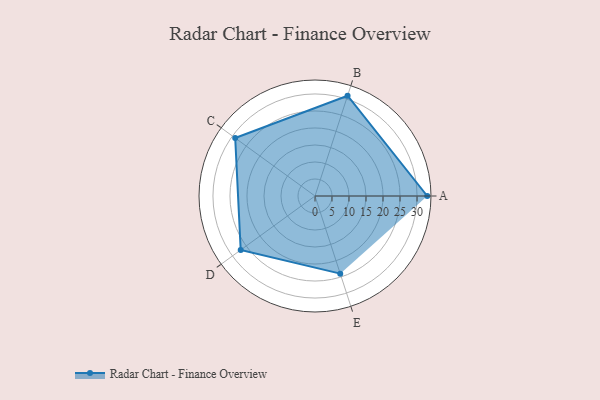
{"axis": {"x": "Skill", "y": "Score"}, "legend": ["Profile"], "data": [{"x": "A", "y": 33.0, "type": "Profile"}, {"x": "B", "y": 31.0, "type": "Profile"}, {"x": "C", "y": 29.0, "type": "Profile"}, {"x": "D", "y": 27.0, "type": "Profile"}, {"x": "E", "y": 24.0, "type": "Profile"}]}